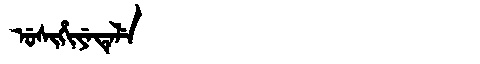
Manchu: ᡠᠰᡳᡥᡳᠶᡝᡨᡝᠯᡝ
Romanization: USIHIYETELE